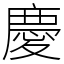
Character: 慶